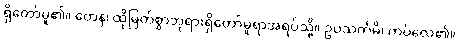
ရှိတော်မူ၏။ တေန၊ ထိုမြတ်စွာဘုရားရှိတော်မူရာအရပ်သို့။ ဥပသင်္ကမိ၊ ကပ်လေ၏။